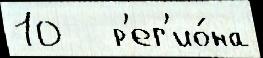
10   р'ег'ио́на